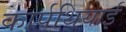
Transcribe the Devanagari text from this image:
कार्पथियाई